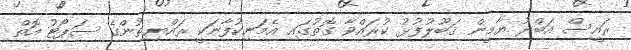
ރައީސް އަބްދު ޔާމީން ޤަބޫލުފުޅު ކުރައްވާ ގޮތުގައި އެމަނިކުފާނަކީ ރައްޔިތުންގެ ސަޕޯޓު އޮތް